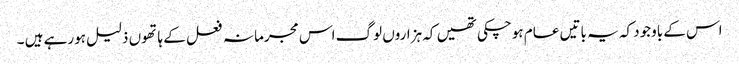
اس کے باوجود کہ یہ باتیں عام ہوچکی تھیں کہ ہزاروں لوگ اس مجرمانہ فعل کے ہاتھوں ذلیل ہورہے ہیں ۔